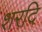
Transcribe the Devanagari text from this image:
शरदि